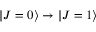
| J = 0 \rangle \rightarrow | J = 1 \rangle